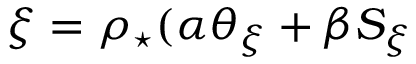
\xi = \rho _ { \star } ( \alpha \theta _ { \xi } + \beta S _ { \xi }